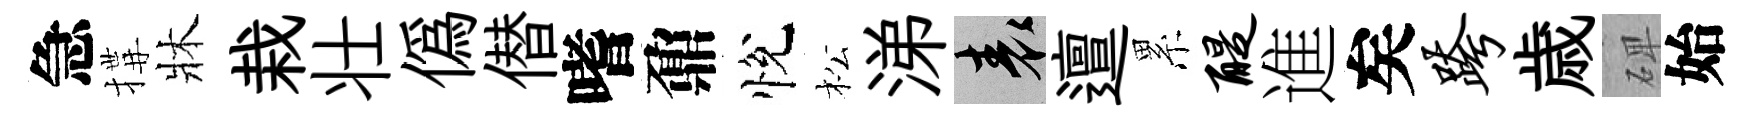
急搆牀栽壮偽僣嗜鼐悅松涕表邅累醍進矣跨歳𥓓始